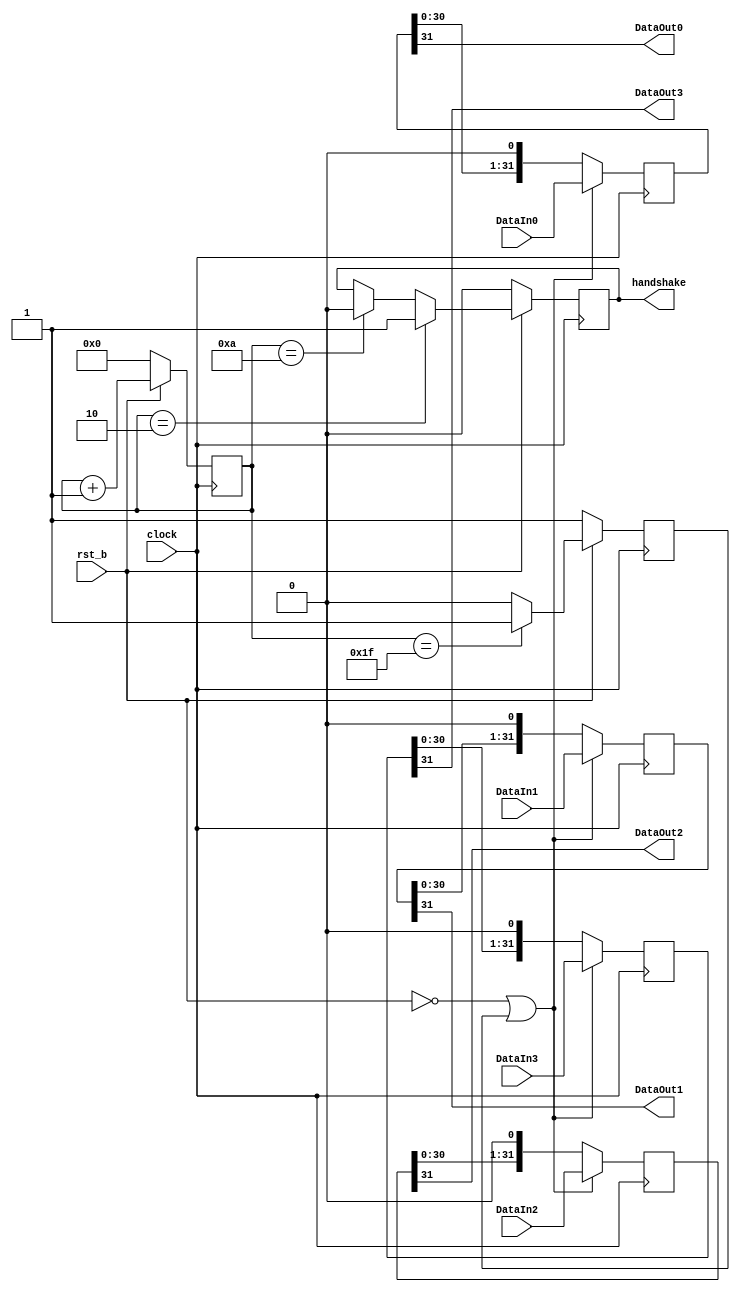
// File>>> LDTUv1b_ser.v
//
//
// Revision history:
//
// Serializer Unit for the LiTE-DTU v1b
//

module LDTUv1b_ser (
	input 	rst_b,
	input 	clock,
	input[31:0] 	DataIn0,
	input[31:0] 	DataIn1,
	input[31:0] 	DataIn2,
	input[31:0] 	DataIn3,
	output 			handshake,
	output 			DataOut0,
	output 			DataOut1,
	output 			DataOut2,
	output 			DataOut3);

	reg[4:0] 		pointer_ser;
	reg[31:0] 		bitShiftReg0;
	reg[31:0] 		bitShiftReg1;
	reg[31:0] 		bitShiftReg2;
	reg[31:0] 		bitShiftReg3;
	reg 			load_ser;

	reg 			int_hshake;

		// Serializer counter

	always @(posedge clock) begin
		if (rst_b == 1'b0) begin
			pointer_ser <= 5'b0;
		end else begin
			pointer_ser <= pointer_ser + 5'b00001;
		end
	end

		// Serializer handshake generation

	always @(posedge clock) begin
		if (rst_b == 1'b0) 
			int_hshake <= 1'b0;
		else begin
			if (pointer_ser == 5'b00010) 
				int_hshake <= 1'b1;
			else if (pointer_ser == 5'b01010)
				int_hshake <= 1'b0;
		end
	end

	assign handshake = int_hshake;

		// Serializer load generation

	always @(posedge clock) begin
		if (rst_b == 1'b0) 
			load_ser <= 1'b1;
		else begin
			if (pointer_ser == 5'b11111) 
				load_ser <= 1'b1;
			else 
				load_ser <= 1'b0;
		end
	end

		// Serializer

	always @( posedge clock ) begin
		if (rst_b == 1'b0 | load_ser == 1'b1) begin
			bitShiftReg0 <= DataIn0;
			bitShiftReg1 <= DataIn1;
			bitShiftReg2 <= DataIn2;
			bitShiftReg3 <= DataIn3;
		end else begin
      		bitShiftReg0 <= {bitShiftReg0[30:0], 1'b0};
      		bitShiftReg1 <= {bitShiftReg1[30:0], 1'b0};
      		bitShiftReg2 <= {bitShiftReg2[30:0], 1'b0};
      		bitShiftReg3 <= {bitShiftReg3[30:0], 1'b0};
		end
	end

	assign DataOut0 = bitShiftReg0[31];
	assign DataOut1 = bitShiftReg1[31];
	assign DataOut2 = bitShiftReg2[31];
	assign DataOut3 = bitShiftReg3[31];

endmodule